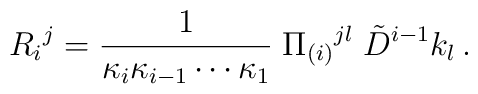
R_i{}^j = {1 \over \kappa_{i} \kappa_{i-1} \cdots\kappa_{1}} \;\Pi_{(i)}{}^{jl} \; \tilde{D}^{i-1} k_l\,.